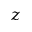
z